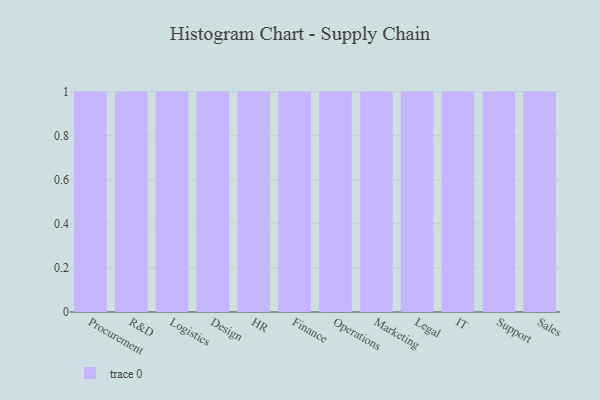
{"axis": {"x": "Department", "y": "Waste Production (Tons)"}, "legend": [""], "data": [{"x": "Procurement", "y": 28, "type": ""}, {"x": "R&D", "y": 3, "type": ""}, {"x": "Logistics", "y": 26, "type": ""}, {"x": "Design", "y": 32, "type": ""}, {"x": "HR", "y": 40, "type": ""}, {"x": "Finance", "y": 19, "type": ""}, {"x": "Operations", "y": 89, "type": ""}, {"x": "Marketing", "y": 33, "type": ""}, {"x": "Legal", "y": 81, "type": ""}, {"x": "IT", "y": 51, "type": ""}, {"x": "Support", "y": 27, "type": ""}, {"x": "Sales", "y": 82, "type": ""}]}